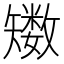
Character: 𥐈